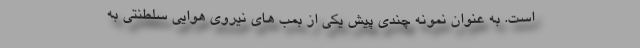
است. به عنوان نمونه چندی پیش یکی از بمب های نیروی هوایی سلطنتی به